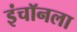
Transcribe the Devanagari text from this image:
इंचॉनला